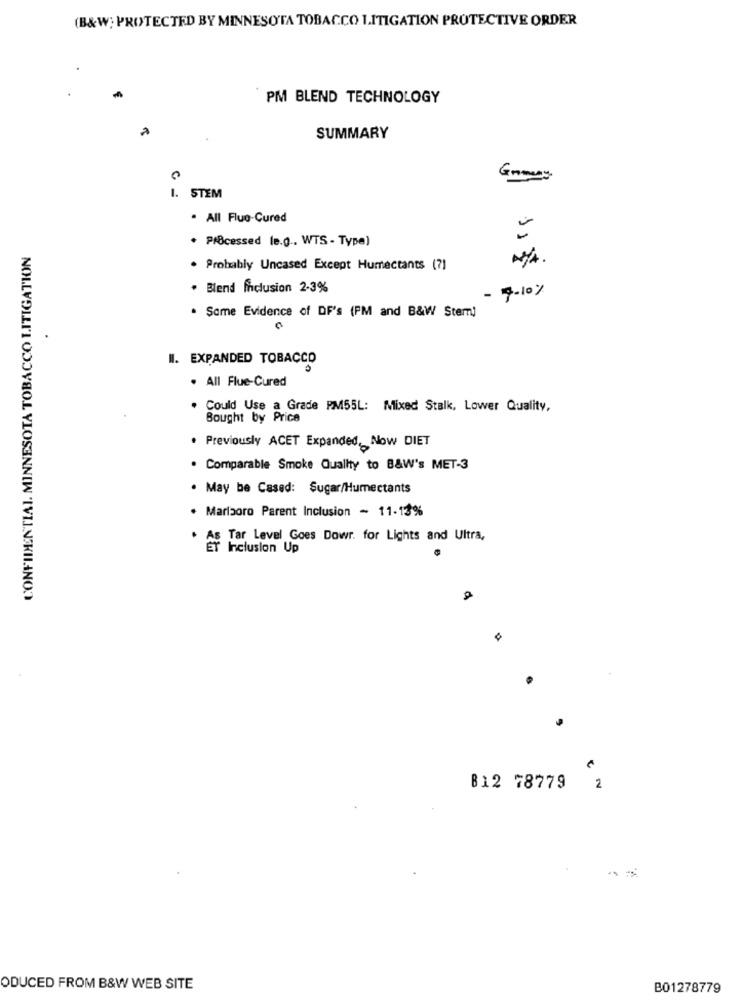
(B&W; PROTECTED BY MINNESOTA TOBACCO LITIGATION PROTECTIVE ORDER
PM BLEND TECHNOLOGY
SUMMARY
1. STEM
· All Flue-Cured
. Processed le.g .. WTS - Type)
CONFIDENTIAL. MINNESOTA TOBACCO LITIGATION
. Probably Uncased Except Humectants (?)
. Blend ficlusion 2-3%
- 7-10%
. Same Evidence of DF's (PM and B&W Stem)
II. EXPANDED TOBACCO
. All Flue-Cured
Could Use a Grade PM55L: Mixed Stalk, Lower Quality,
Bought by Price
. Previously ACET Expanded, Now DIET
. Comparable Smoke Quality to B&W's MET-3
. May be Cased: Sugar/Humectants
. Marizoro Parent Inclusion - 11-13%
As Tar Level Goes Dowr. for Lights and Ultra,
ET Inclusion Up
2
B12 78779
ODUCED FROM B&W WEB SITE
B01278779